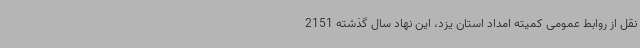
نقل از روابط عمومی کمیته امداد استان یزد، این نهاد سال گذشته 2151